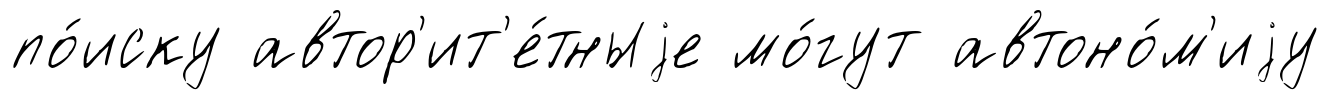
по́иску автор'ит'е́тныjе мо́гут автоно́м'иjу